Vaccination Hyderabad 1872-1889 - 1872-1889
Year: 1872
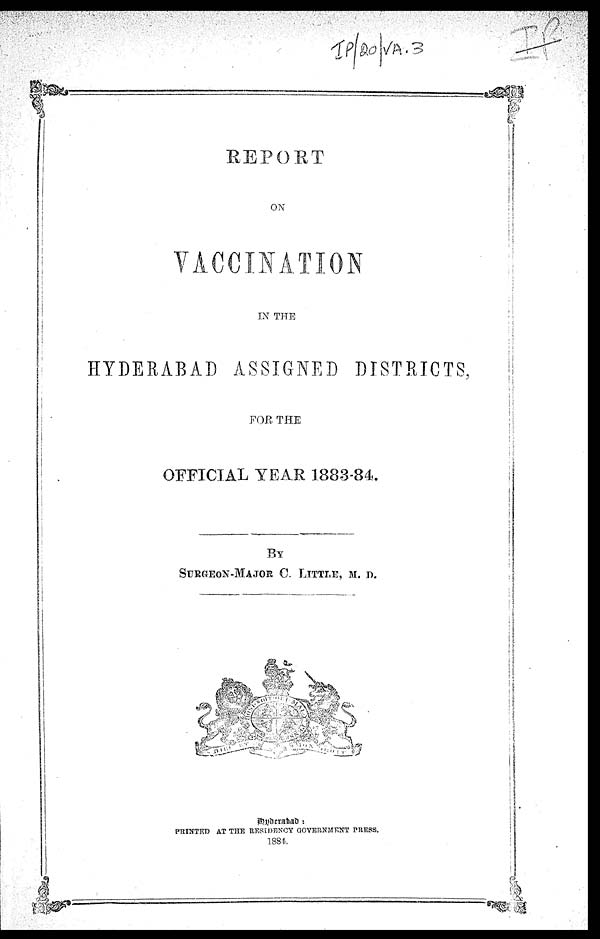
REPORT
ON
VACCINATION
IN THE
HYDERABAD ASSIGNED DISTRICTS,
FOR THE
OFFICIAL YEAR 1883-84.
BY
SURGEON-MAJOR C. LITTLE, M. D.
Hyderabad :
PRINTED AT THE RESIDENCY GOVERNMENT PRESS.
1884.